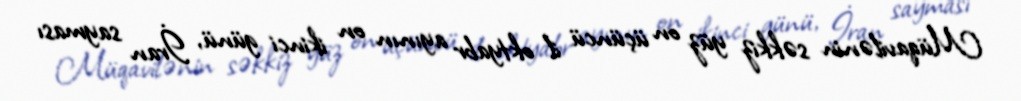
Müqavilənin səkkiz yüz on üçüncü il oktyabr ayının on ikinci günü, İran sayması